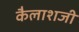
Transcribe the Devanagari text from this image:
कैलाशजी